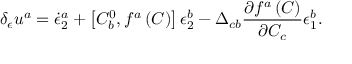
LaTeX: \delta _ { \epsilon } u ^ { a } = \dot { \epsilon } _ { 2 } ^ { a } + \left[ C _ { b } ^ { 0 } , f ^ { a } \left( C \right) \right] \epsilon _ { 2 } ^ { b } - \Delta _ { c b } \frac { \partial f ^ { a } \left( C \right) } { \partial C _ { c } } \epsilon _ { 1 } ^ { b } .